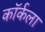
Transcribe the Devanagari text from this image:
कॉर्कला